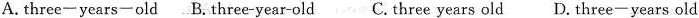
A. three-years-old B.Three-year-old C.Three years old D.Three-years old